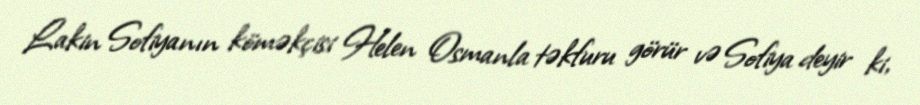
Lakin Sofiyanın köməkçisi Helen Osmanla təkfuru görür və Sofiya deyir ki,